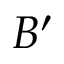
B ^ { \prime }